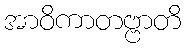
အာဝိကာတဗ္ဗာတိ